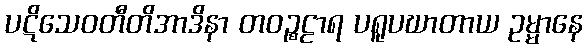
ပဋိသေဝတီတိအာဒိနာ တဝဉ္စဠာရ ပရူပဃာတာယ ဥမ္မာနေ